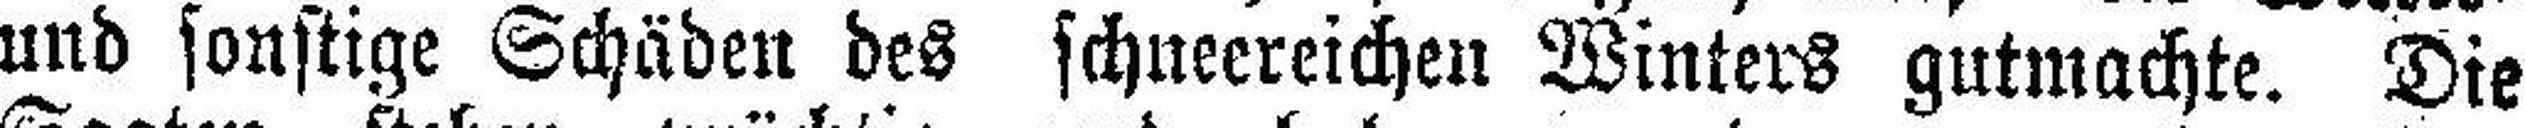
und sonstige Schäden des schneereichen Winters gutmachte. Die